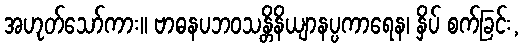
အဟုတ်သော်ကား။ ဗာဓနပဘဝသန္တိနိယျာနပ္ပကာရေန၊ နှိပ် စက်ခြင်း,